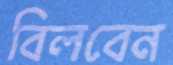
বিলবেন